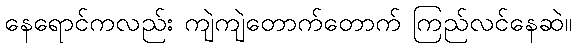
နေရောင်ကလည်း ကျဲကျဲတောက်တောက် ကြည်လင်နေဆဲ။